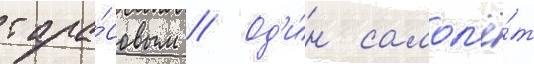
тара́совым // Од'и́н самол'ё́т